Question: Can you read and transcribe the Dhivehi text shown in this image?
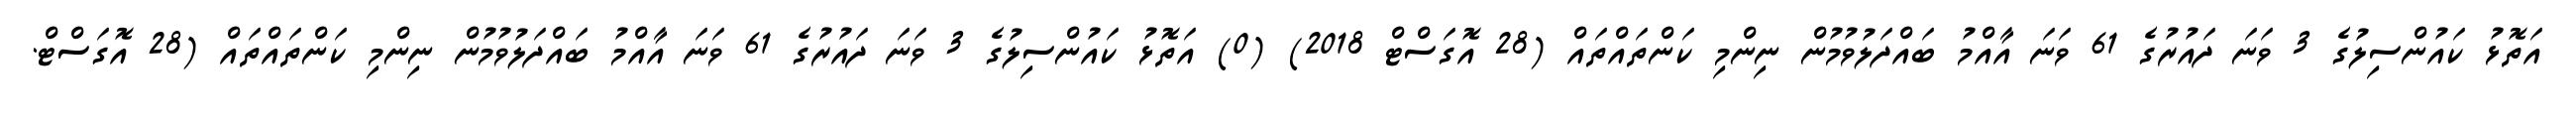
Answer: އަތޮޅު ކައުންސިލުގެ 3 ވަނަ ދައުރުގެ 61 ވަނަ އާއްމު ބައްދަލުވުމުން ނިންމި ކަންތައްތައް (28 އޮގަސްޓް 2018) (0) އަތޮޅު ކައުންސިލުގެ 3 ވަނަ ދައުރުގެ 61 ވަނަ އާއްމު ބައްދަލުވުމުން ނިންމި ކަންތައްތައް (28 އޮގަސްޓް.